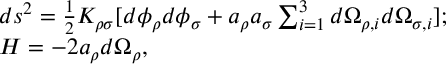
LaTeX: \begin{array} { l c r } { { d s ^ { 2 } = { \frac { 1 } { 2 } } K _ { \rho \sigma } [ d \phi _ { \rho } d \phi _ { \sigma } + a _ { \rho } a _ { \sigma } \sum _ { i = 1 } ^ { 3 } d \Omega _ { \rho , i } d \Omega _ { \sigma , i } ] ; } } \\ { { H = - 2 a _ { \rho } d \Omega _ { \rho } , } } \end{array}